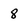
Character: 8